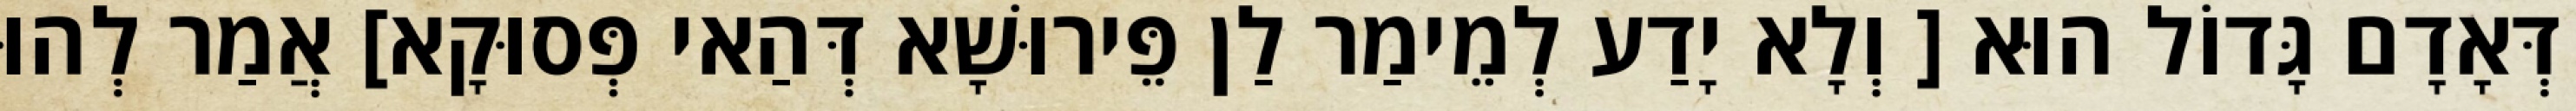
דְּאָדָם גָּדוֹל הוּא [ וְלָא יָדַע לְמֵימַר לַן פֵּירוּשָׁא דְּהַאי פְּסוּקָא] אֲמַר לְהוּ